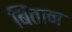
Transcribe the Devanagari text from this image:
बिंतान